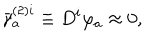
\bar { \gamma } _ { a } ^ { ( 2 ) i } \equiv D ^ { i } \varphi _ { a } \approx 0 ,